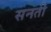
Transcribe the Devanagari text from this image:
सनती